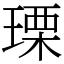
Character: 瑮